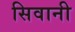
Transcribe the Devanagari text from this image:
सिवानी